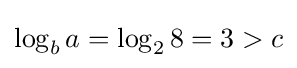
\log _{b}a=\log _{2}8=3>c